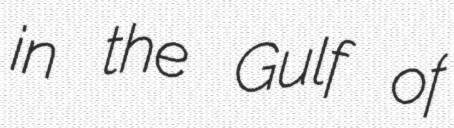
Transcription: in the Gulf of